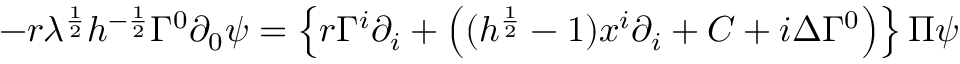
- r \lambda ^ { \frac { 1 } { 2 } } h ^ { - \frac { 1 } { 2 } } \Gamma ^ { 0 } \partial _ { 0 } \psi = \left\{ r \Gamma ^ { i } \partial _ { i } + \left( ( h ^ { \frac { 1 } { 2 } } - 1 ) x ^ { i } \partial _ { i } + C + i \Delta \Gamma ^ { 0 } \right) \right\} \Pi \psi